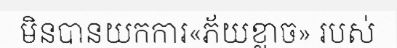
មិនបានយកការ«ភ័យខ្លាច» របស់